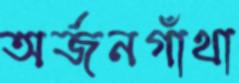
অর্জনগাঁথা